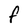
Character: F